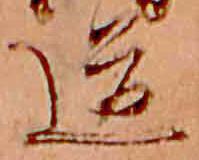
道